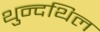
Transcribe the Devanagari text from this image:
थुन्दथिल